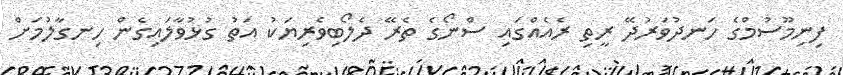
ފިނިމޫސުމްގެ ހަނދުވަރުދޭ ރީތި ރެއެއްގައި ސްނޯގެ ތެރޭ ދެލޯބިވެރިޔަކު އަތު ގުޅުވާލައިގެން ހިނގާލުމަށް